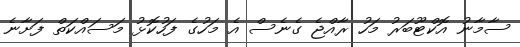
ސާމާނު އޮކްޓޫބަރު މަހު ރާއްޖެ ގެނެސް އެ މަހުގެ ފަހުކޮޅު މަސައްކަތް ފަށާނެ